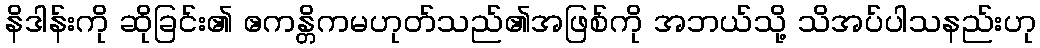
နိဒါန်းကို ဆိုခြင်း၏ ဧကန္တိကမဟုတ်သည်၏အဖြစ်ကို အဘယ်သို့ သိအပ်ပါသနည်းဟု